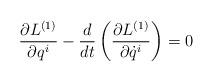
LaTeX: \begin{align*}\frac{\partial L^{(1)}}{\partial q^{i}}-\frac{d}{dt}\left(\frac{\partial L^{(1)}}{\partial \dot{q}^{i}}\right)=0\end{align*}